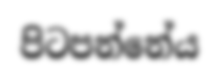
පිටපන්නේය